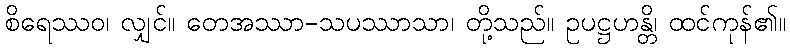
စိရေဿဝ၊ လျှင်။ တေအဿာ-သပဿာသာ၊ တို့သည်။ ဥပဋ္ဌဟန္တိ၊ ထင်ကုန်၏။